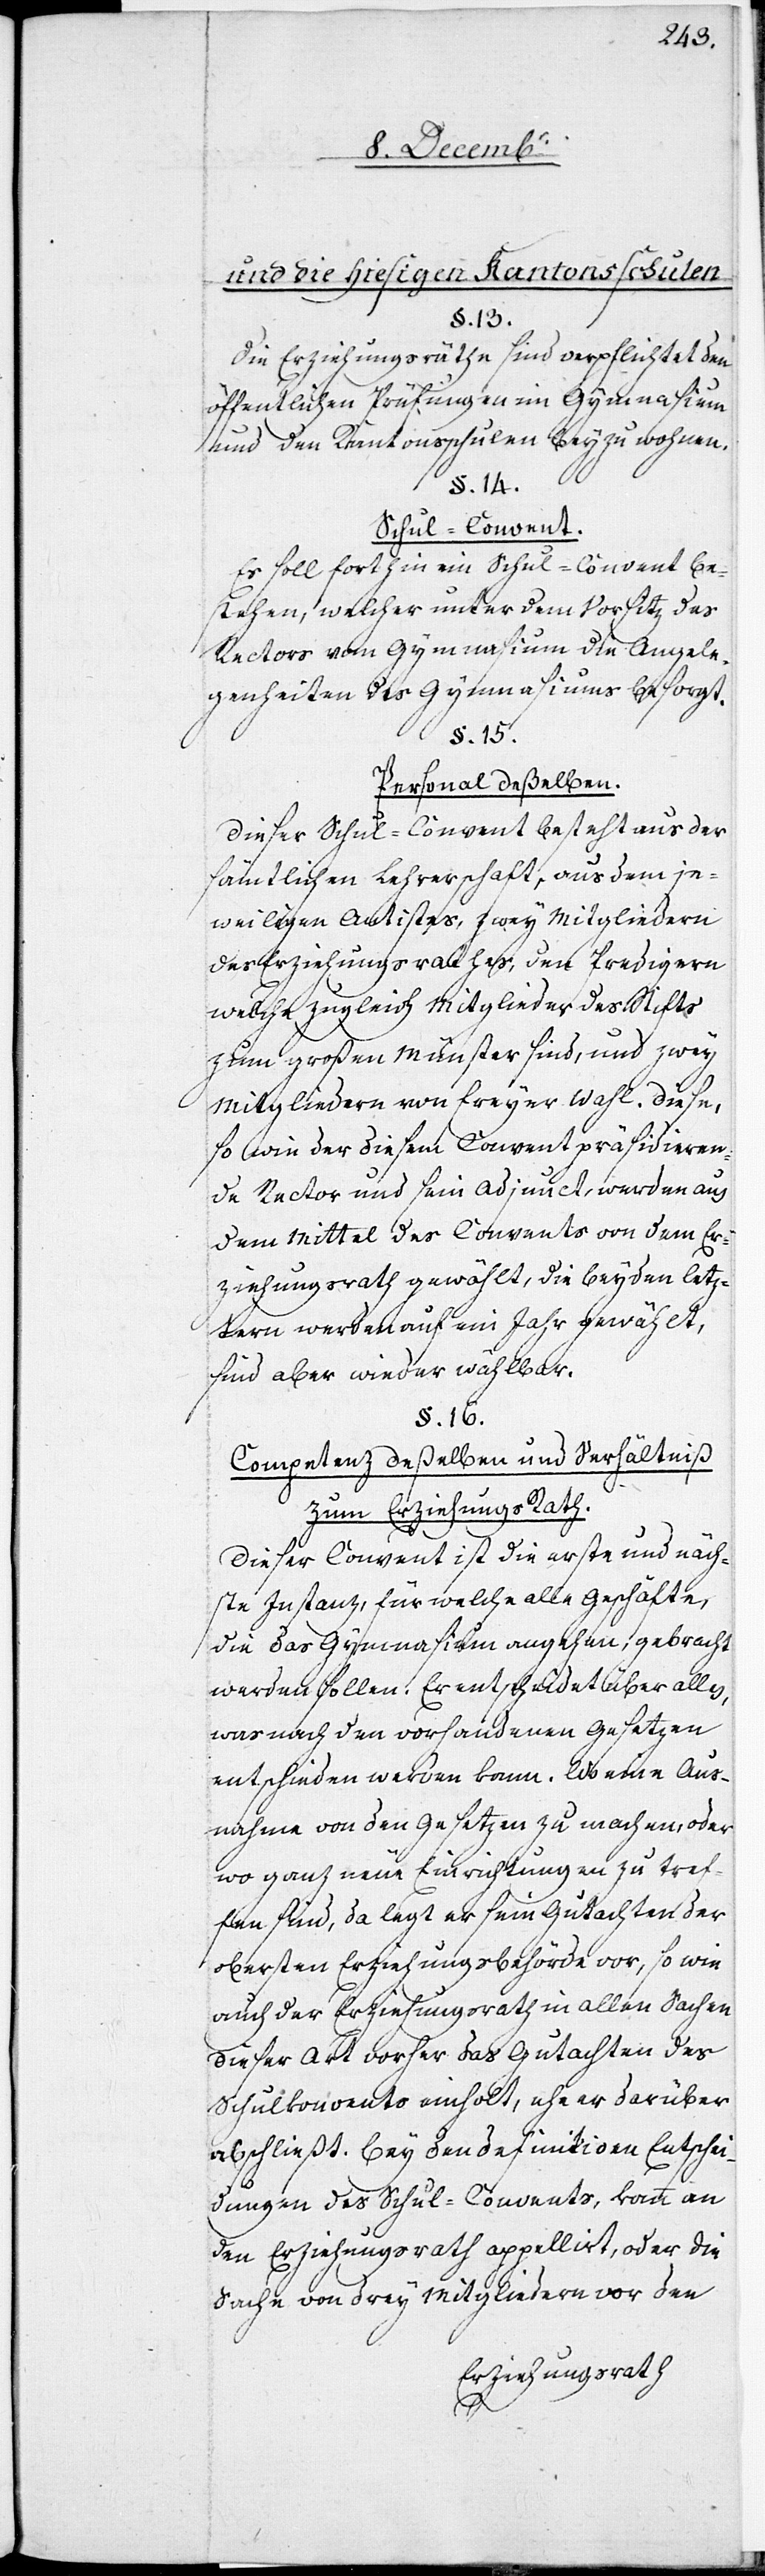
und die hießigen Kantonsschulen.
§. 13.
Die Erziehungsräthe sind verpflichtet den
öffentlichen Prüfungen im Gymnasium
und den Kantonsschulen bey zu wohnen.
§. 14.
Schul-Convent.
Es soll forthin ein Schul-Convent be¬
stehen, welcher unter dem Vorsitz des
Rectors vom Gymnasium die Angele¬
genheiten des Gymnasiums besorgt.
§. 15.
Personal deßelben.
Dieser Schul-Convent besteht aus der
sämtlichen Lehrerschaft, aus dem je¬
weiligen Antistes, zwey Mitgliedern
des Erziehungsrathes, den Predigern
welche zugleich Mitglieder des Stifts
zum großen Münster sind, und zwey
Mitgliedern von freyer Wahl. Diese,
so wie der diesem Convent präsidieren¬
de Rector und sein Adjunct, werden aus
dem Mittel des Convents von dem Er¬
ziehungsrath gewählt, die beyden letz¬
tern werden auf ein Jahr gewählt,
sind aber wieder wählbar.
§. 16.
Competenz deßelben und Verhältniß
zum Erziehungs[-]Rath.
Dieser Convent ist die erste und näch¬
ste Instanz, für welche alle Geschäfte,
die das Gymnasium angehen, gebracht
werden sollen. Er entscheidet über alles,
was nach den vorhandenen Gesetzen
entschieden werden kann. Wo eine Aus¬
nahme von den Gesetzen zu machen, oder
wo ganz neue Einrichtungen zu tref¬
fen sind, da legt er sein Gutachten der
obersten Erziehungsbehörde vor, so wie
auch der Erziehungsrath in allen Sachen
dieser Art vorher das Gutachten des
Schulkonvents einholt, eher er darüber
abschließt. Bey den definitiven Entschei¬
dungen des Schul-Convents, kann an
den Erziehungsrath appellirt, oder die
Sache von drey Mitgliedern vor den